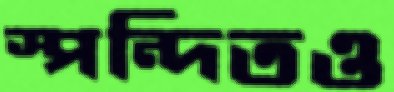
স্পন্দিতও